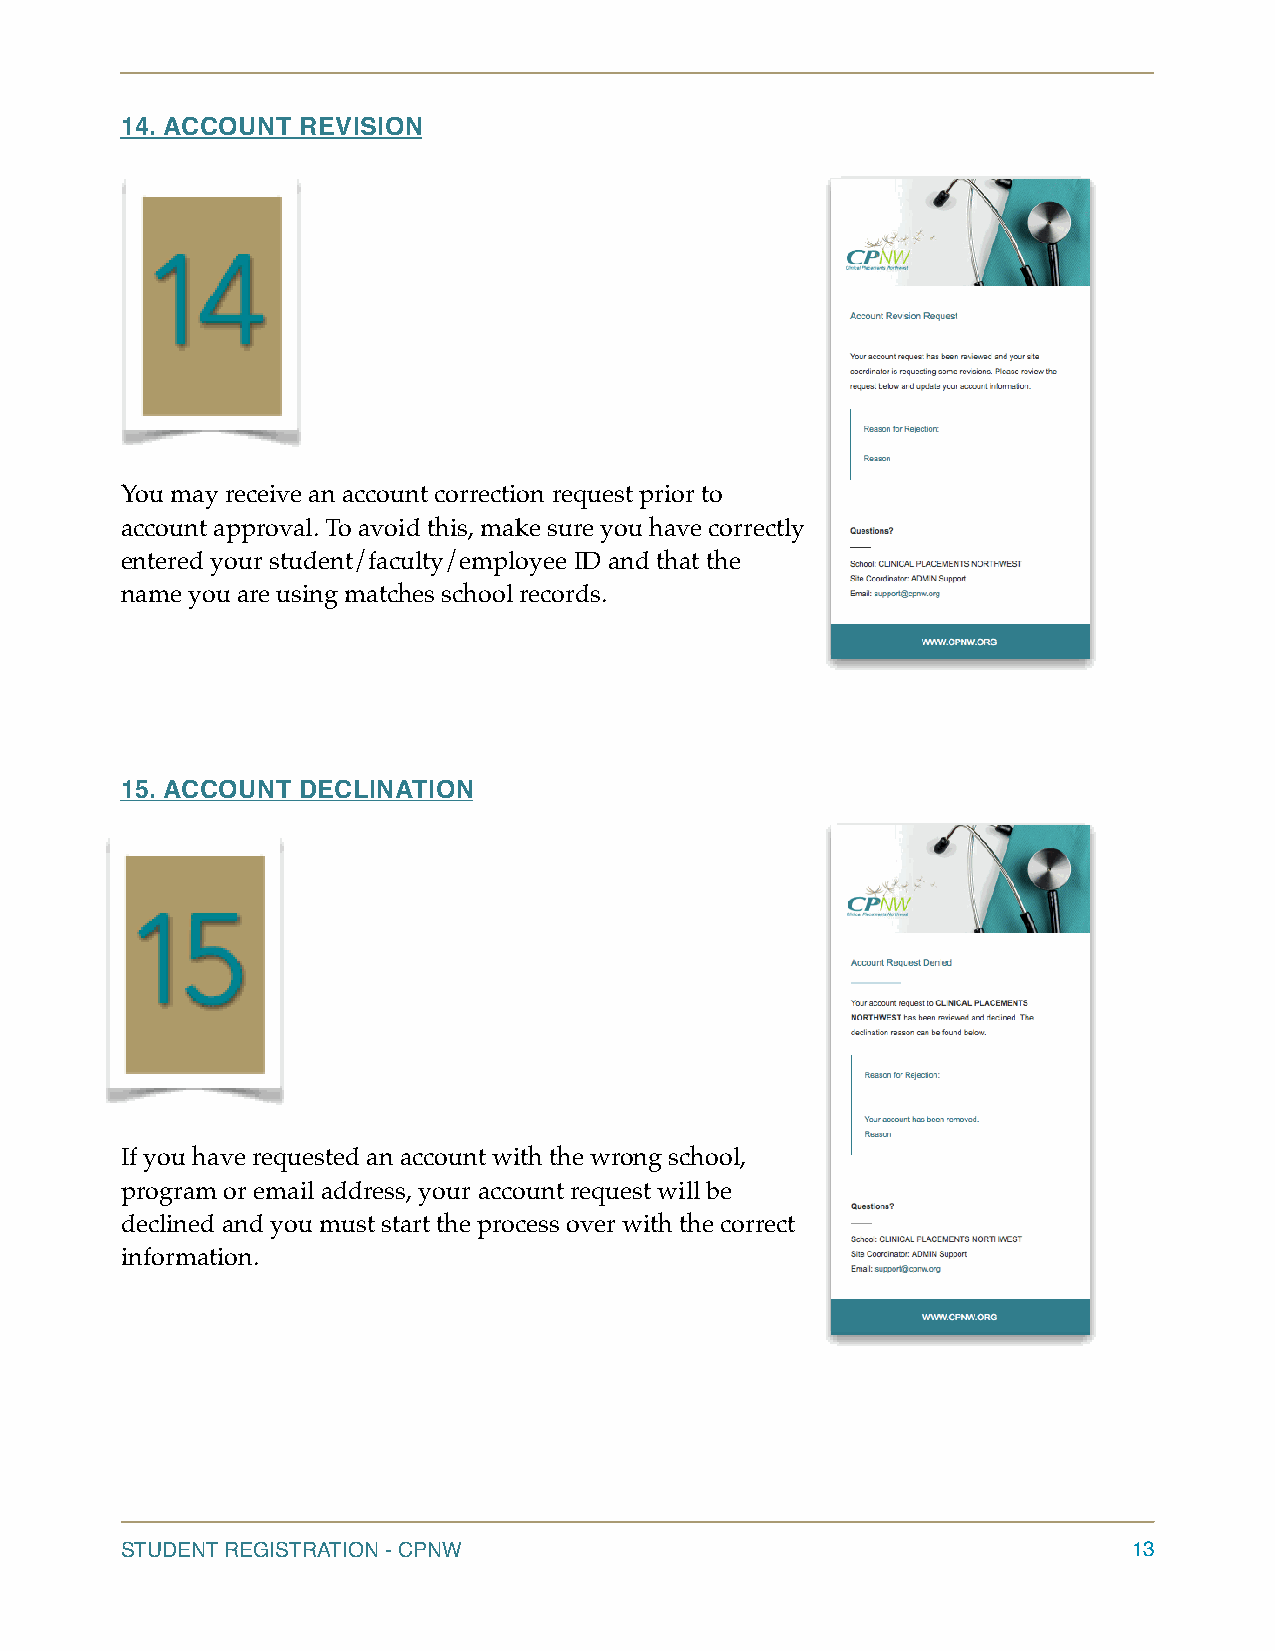
14. ACCOUNT REVISION
 You may receive an account correction request prior to
 account approval. To avoid this, make sure you have correctly
 entered your student/faculty/employee ID and that the
 name you are using matches school records.
 15. ACCOUNT DECLINATION
 If you have requested an account with the wrong school,
 program or email address, your account request will be
 declined and you must start the process over with the correct
 information.
 STUDENT REGISTRATION - CPNW                                        13